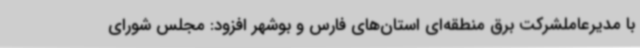
با مدیرعاملشرکت برق منطقه‌ای استان‌های فارس و بوشهر افزود: مجلس شورای